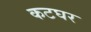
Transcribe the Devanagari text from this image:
कटघर